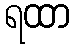
ရထာ